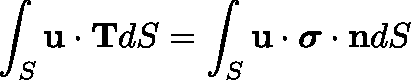
\int _ { S } \mathbf { u \cdot T } d S = \int _ { S } \mathbf { u \cdot { \boldsymbol { \sigma } } \cdot n } d S